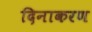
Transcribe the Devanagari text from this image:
दिनाकरण